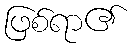
ဖြစ်ရာ၏